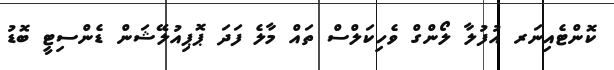
ކޮންޓެއިނަރ އުފުލާ ލޯންގް ވެހިކަލްސް ތައް މާލެ ފަދަ ޕޮޕިއުލޭޝަން ޑެންސިޓީ ބޮޑު